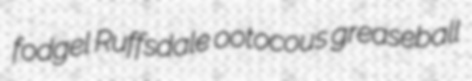
fodgel Ruffsdale ootocous greaseball